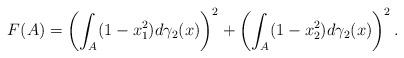
LaTeX: \begin{align*}F(A)=\left(\int_{A}(1-x_{1}^{2})d\gamma_{2}(x)\right)^{2}+\left(\int_{A}(1-x_{2}^{2})d\gamma_{2}(x)\right)^{2}.\end{align*}